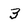
Character: 3